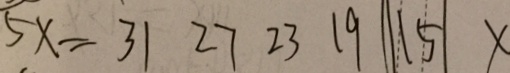
5 x = 3 1 2 7 2 3 1 9 \vert 1 5 \vert x